Vaccination Hyderabad 1890-1903 - 1890-1903
Year: 1890
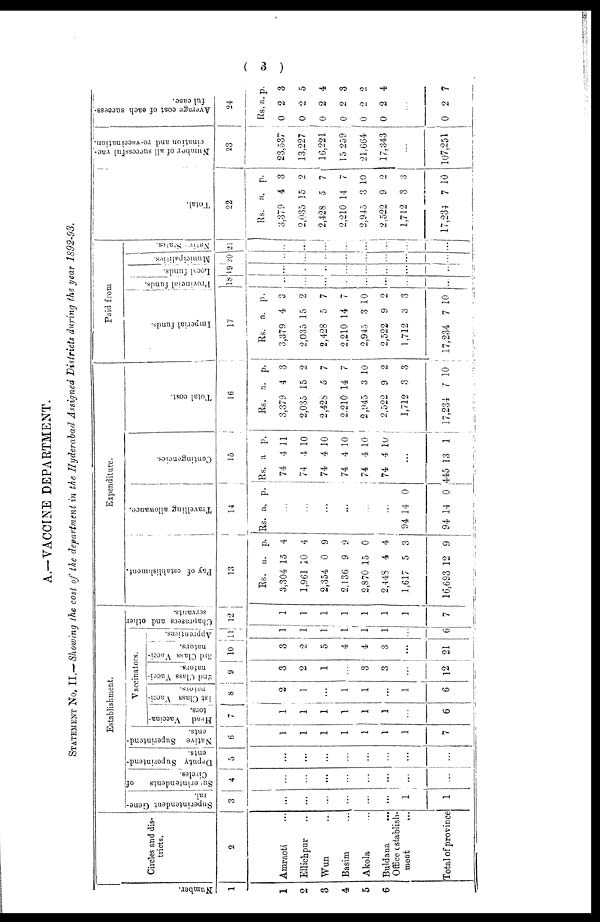
( 3 )
A.—VACCINE DEPARTMENT.
STATEMENT No. II.— Showing the cost of the department in the Hyderabad Assigned Districts during the year 1892-93.
Number.
1
1
2
3
4
5
6
Circles and dis-
tricts.
2
Amraoti ...
Ellichpur ...
Wun ...
Basim ...
Akola ...
Buldana
...
Office establish-
ment
...
Total of province
Establishment.
Superintendent Gene-
ral.
3
...
...
...
...
...
...
1
1
Superintendents
of
Circles.
4
...
...
...
...
...
...
...
...
Deputy Superintend-
ents.
5
...
...
...
...
...
...
...
...
Native Superintend-
ents.
6
1
1
1
1
1
1
1
7
Vaccinators.
Head Vaccina-
tors.
7
1
1
1
1
1
1
...
6
1 st Class Vacci-
nators.
8
2
1
...
1
1
...
1
6
2nd Class Vacci-
nators.
9
3
2
1
...
3
3
...
12
3rd Class Vacci-
nators.
10
3
2
5
4
4
3
...
21
Apprentices.
11
1
1
1
1
1
1
...
6
Chaprasees and other
servants.
12
1
1
1
1
1
1
...
7
Expenditure.
Pay of establishment.
13
Rs.
3,304
1,961
2,354
2,136
2,870
2,448
1,617
16,693
a.
15
10
0
9
15
4
5
12
p.
4
4
9
9
0
4
3
9
Travelling allowance.
14
Rs. a. p.
...
...
...
...
...
...
94
94
14
14
0
0
Contingencies.
15
Rs.
74
74
74
74
74
74
a
4
1
4
4
4
4
p.
11
10
10
10
10
10.
...
445 13 1
Total cost.
16
Rs.
3,379
2,035
2,428
2,210
2,945
2,522
1,712
17,234
a.
4
15
5
14
3
9
3
7
p.
3
2
7
7
10
2
3
10
Paid from
Imperial funds.
17
Rs.
3,379
2,035
2,428
2,210
2,945
2,522
1,712
17,234
a.
4
15
5
14
3
9
3
7
p.
3
2
7
7
10
2
3
10
Provincial funds.
18
...
...
...
...
...
...
...
...
Local funds.
19
...
...
...
...
...
...
...
...
Municipalities.
20
...
...
...
...
...
...
...
...
Native States.
21
...
...
...
...
...
...
...
...
Total.
22
Rs.
3,379
2,035
2,428
2,210
2,945
2,522
1,712
17,234
a.
4
15
5
14
3
9
3
7
p.
3
2
7
7
10
2
3
10
Number of all successful vac¬
cination and re-vaccination.
23
23,537
13,227
16,221
15,259
21,664
17,343
...
107,251
Average cost of each success¬
ful case.
24
Rs.
0
0
0
0
0
0
a.
2
2
2
2
2
2
p.
3
5
4
3
2
4
...
0 2 7